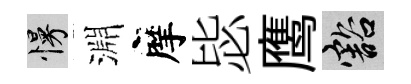
慢淵摩毖鹰豁